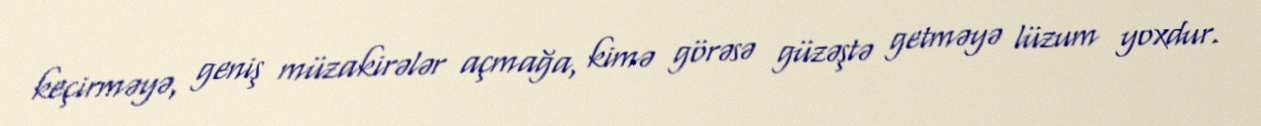
keçirməyə, geniş müzakirələr açmağa, kimə görəsə güzəştə getməyə lüzum yoxdur.